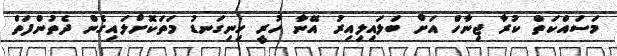
މަސައްކަތް ކުރާ ޖިނާހް އަށް ބަލައިލިއިރު އޭނާ ހުރީ ހިނިގަނޑު މަތަކޮށްލައިގެން ދެތުންފަތް